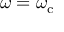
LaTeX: \omega = \omega _ { \mathrm { c } }